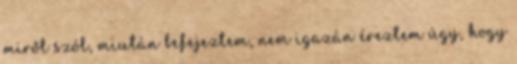
miről szól, miután befejeztem, nem igazán éreztem úgy, hogy